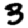
Digit: 3